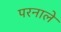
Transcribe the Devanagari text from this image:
परनाले